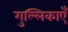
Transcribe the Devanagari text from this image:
गुल्लिकाएँ